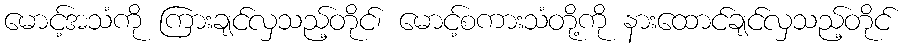
မောင့်အသံကို ကြားချင်လှသည့်တိုင်၊ မောင့်စကားသံတို့ကို နားထောင်ချင်လှသည့်တိုင်